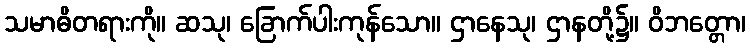
သမာဓိတရားကို။ ဆသု၊ ခြောက်ပါးကုန်သော။ ဌာနေသု၊ ဌာနတို့၌။ ဝိဘတ္တော၊